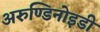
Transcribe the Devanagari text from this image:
अरुण्डिनोइडी